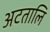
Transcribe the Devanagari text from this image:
अटतालि